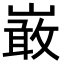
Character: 𭗐